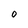
Character: O